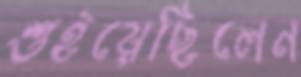
শুইয়েছিলেন